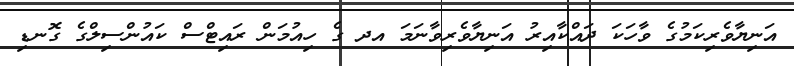
އަނިޔާވެރިކަމުގެ ވާހަކަ ދައްކާއިރު އަނިޔާވެރިވާނަމަ އދ ގެ ހިއުމަން ރައިޓްސް ކައުންސިލްގެ ގޮނޑި